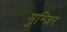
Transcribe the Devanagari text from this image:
मुन्जिर